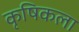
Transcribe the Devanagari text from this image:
कृषिकला